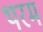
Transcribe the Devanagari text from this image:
थरम